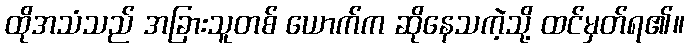
ထိုအသံသည် အခြားသူတစ် ယောက်က ဆိုနေသကဲ့သို့ ထင်မှတ်ရ၏။